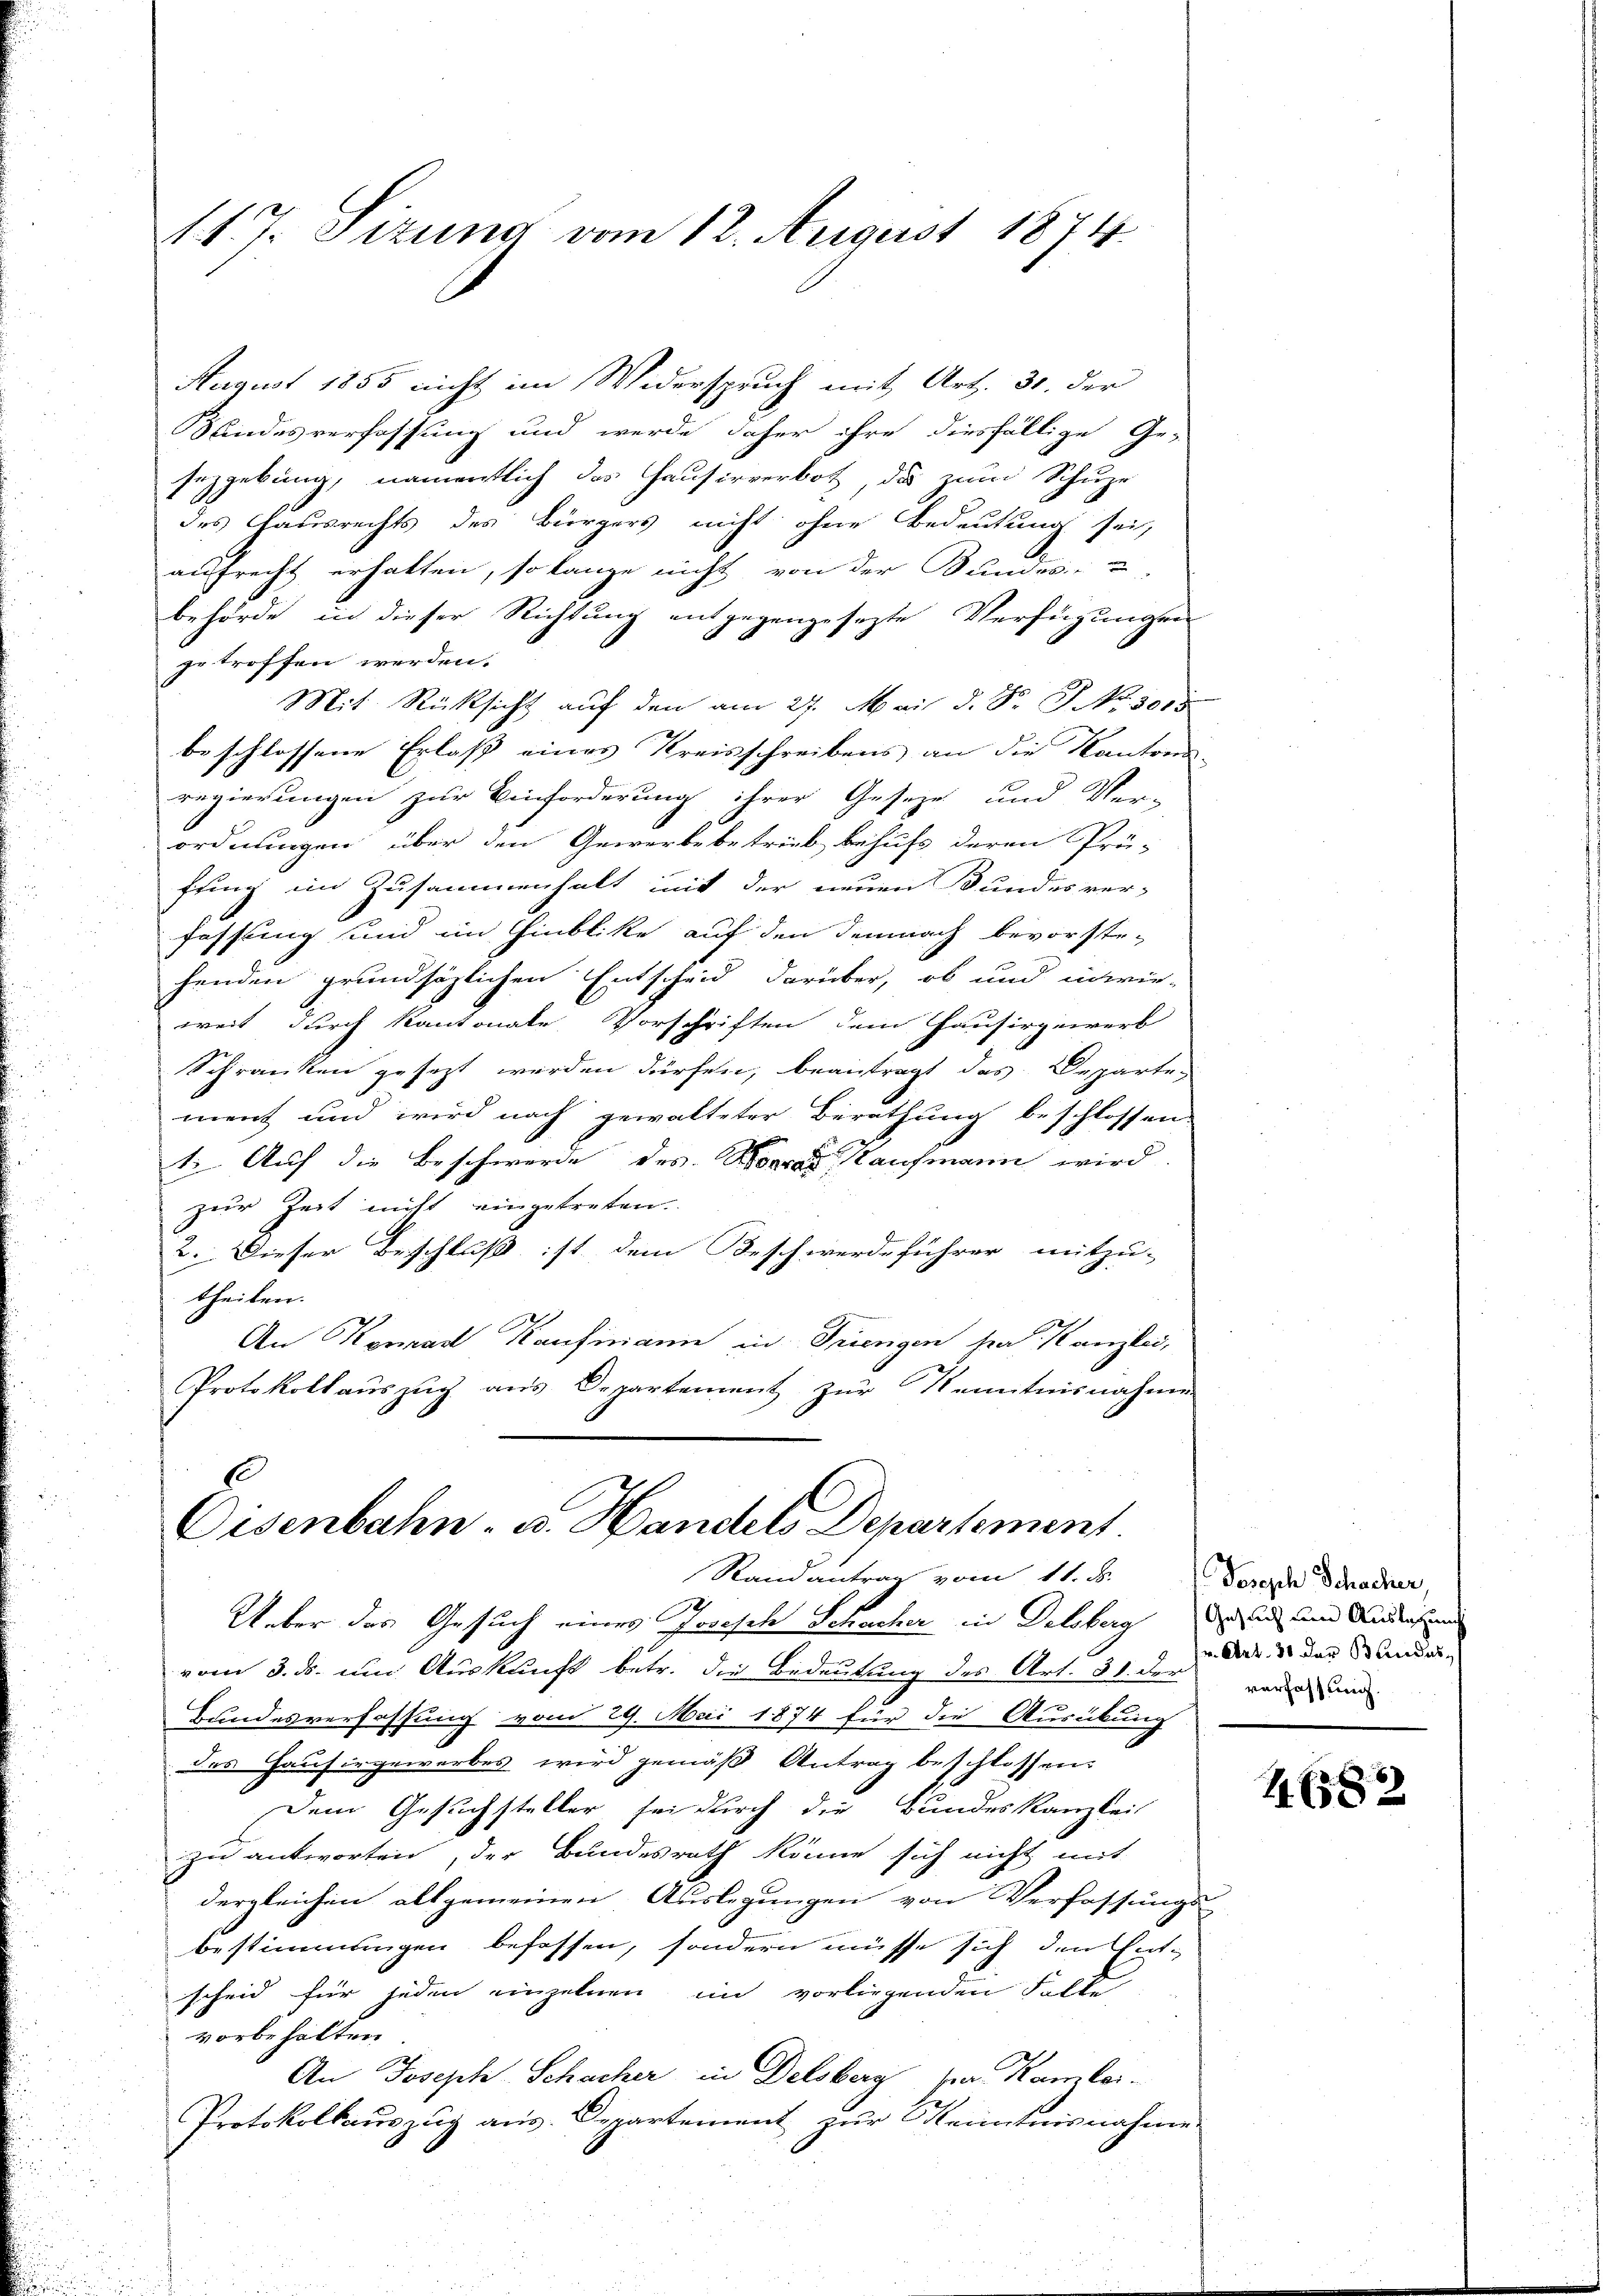
August 1855 nicht im Widerspruch mit Art. 31. der
Kindesverfassung und werde daher ihre diesfällige Ge-
sezgebung, namentlich des Hausirverbot, da zum Schupe
des Hausrechts des Bürgers nicht ohne Bedeutung sei,
aufrecht erhalten, so lange nicht von der Bundes- u
behörde in dieser Richtung entgegengesezte Verfügungen
getroffen werden.
Mit Rücksicht auf den am 27. Mai d. J. J. No. 5053
beschlossene Erlass eines Kreisschreibens an die Kantons-
regierungen zur Einforderung ihrer Gesetze und Ver-
ordnungen über den Gewerbebetrieb behufs deren Prü-
fung im Zusammenhalt mit der neuen Bundesver-
fassung und im Hinblike auf den demnach bevorste-
henden grundsätzlichen Entscheid darüber, ob und unwir-
weit durch Kantonale Vorschriften dem Hausirgewerb
Schranken gesezt werden dürfen, beantragt das Departement und wird nach gewalteter Berathung beschlossen.
1. Auf die Beschwerde des Bora Kaufmann wird
zur Zeit nicht eingetreten.
2. Dieser Beschluß ist dem Beschwerdeführer mitzu-
theilen.
An Konrad Kaufmann in Triengen hat Kanzlei,
Protokollaŭszŭg aŭs Departement zŭr Kenntnisnahmen
s

117. Sizung vom 12. August 1874.

Eisenbahn- u. Handels Departement

Stand antrag vom 11. Js.
Ueber das Gesuch eines Josisch Schacher in Delsberg und und Anderse
vom 3. ds. um Auskunft betr. die Bedeutung des Art. 31. der dass der Standes-
Hundesverfassung vom 29. Mai 1874 für die Ausübung
des Hausirgewerbes wird gemäß Antrag beschlossen.
Dem Gesuchsteller sei durch die Bundeskanzlei
zu antworten, der Bundesrath könne sich nicht mit
dergleichen allgemeinen Auslegungen von Verfassungs-
bestimmungen befassen, sondern müsse sich den Ent-
scheid für jeden einzelnen im vorliegenden Falke
vorbehalten
An Joseph Schacher in Delsberg par Kamlei¬
Protokollauszug aus. Departement zur Kenntnisnahme

Joseph Schacher
verfassung.

1682